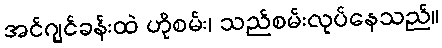
အင်ဂျင်ခန်းထဲ ဟိုစမ်း၊ သည်စမ်းလုပ်နေသည်။